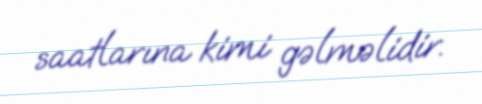
saatlarına kimi gəlməlidir.